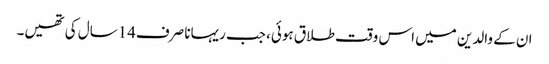
ان کے والدین میں اس وقت طلاق ہوئی، جب ریہانا صرف14سال کی تھیں۔